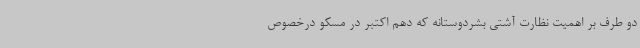
دو طرف بر اهمیت نظارت آشتی بشردوستانه که دهم اکتبر در مسکو درخصوص